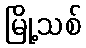
မြို့သစ်